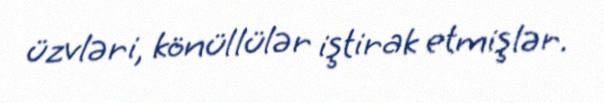
üzvləri, könüllülər iştirak etmişlər.